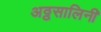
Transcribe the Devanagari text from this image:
अठ्ठसालिनी